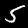
Digit: 5